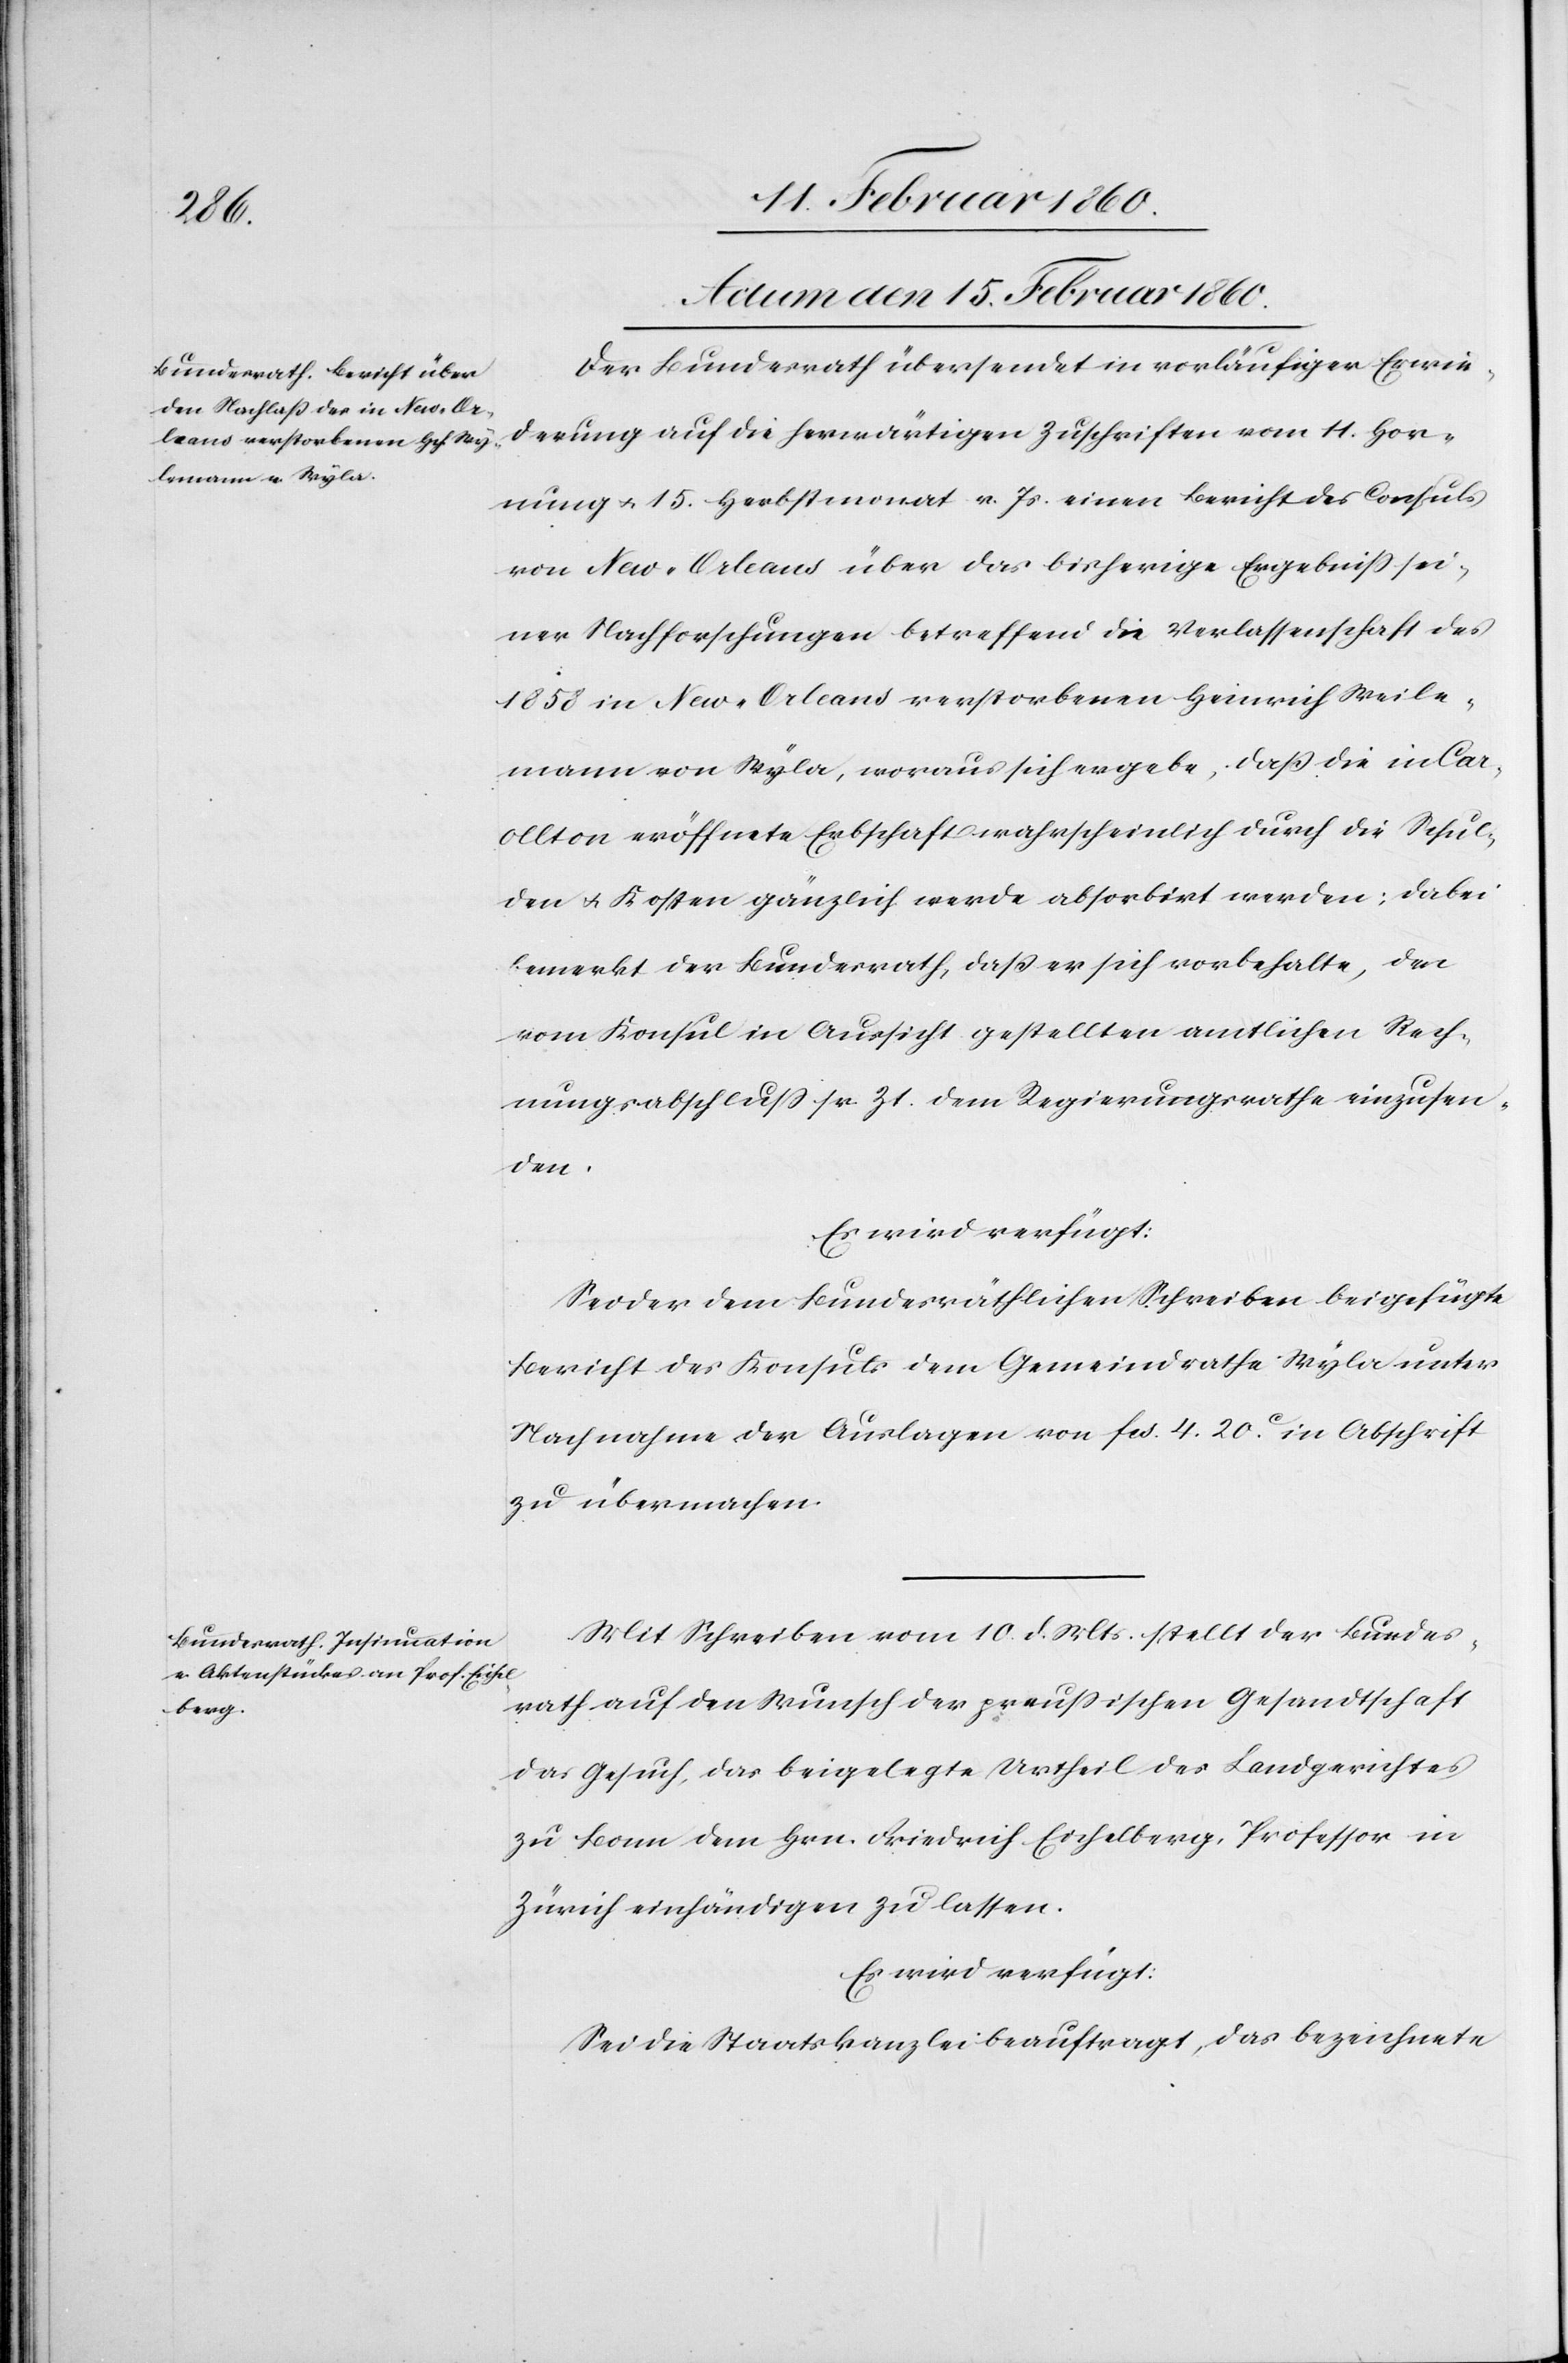
Actum den 15. Februar 1860.]
Der Bundesrath übersendet in vorläufiger Erwie¬
derung auf die herwärtigen Zuschriften vom 11. Hor¬
nung u. 15. Herbstmonat v. Js. einen Bericht des Consuls
von New-Orleans über das bisherige Ergebniss sei¬
ner Nachforschungen betreffend die Verlassenschaft des
1858 in New-Orelans verstorbenen Heinrich Weile¬
mann von Wyla, woraus sich ergeben, daß die in Car¬
ollton eröffnete Erbschaft wahrscheinlich durch die Schul¬
den u. Kosten gänzlich werde absorbirt werden; dabei
bemerkt der Bundesrath, daß er sich vorbehalte, den
vom Konsul in Aussicht gestellten amtlichen Rech¬
nungsabschluß sr. Zt. dem Regierungsrathe einzusen¬
den.
Mit Schreiben vom 10. d. Mts. stellt der Bundes¬
rath auf den Wunsch der preußischen Gesandtschaft
das Gesuch, das beigelegte Urtheil des Landgerichtes
zu Bonn dem Hrn. Friedrich Eichelberg, Professor in
Zürich einhändigen zu lassen.
Es wird verfügt.
Sei die Staatskanzlei beauftragt, das bezeichnete